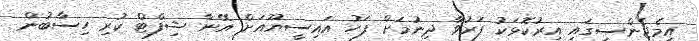
އިމެޖެންސީގައި އިރުކޮޅަކު ފަރުވާ ދިނުމަށް ފަހު އައިސީޔޫއަށް އޭނާ ޝިފްޓް ކުރި ހިސާބުން